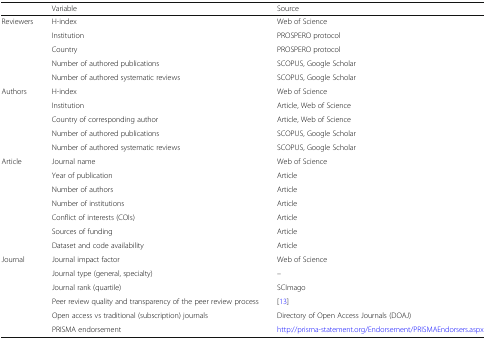
|  | Variable | Source |
 | --- | --- | --- |
 | <ROWSPAN=5> Reviewers | H-index | Web of Science |
 | Institution | PROSPERO protocol |
 | Country | PROSPERO protocol |
 | Number of authored publications | SCOPUS, Google Scholar |
 | Number of authored systematic reviews | SCOPUS, Google Scholar |
 | <ROWSPAN=5> Authors | H-index | Web of Science |
 | Institution | Article, Web of Science |
 | Country of corresponding author | Article, Web of Science |
 | Number of authored publications | SCOPUS, Google Scholar |
 | Number of authored systematic reviews | SCOPUS, Google Scholar |
 | <ROWSPAN=7> Article | Journal name | Web of Science |
 | Year of publication | Article |
 | Number of authors | Article |
 | Number of institutions | Article |
 | Conflict of interests (COIs) | Article |
 | Sources of funding | Article |
 | Dataset and code availability | Article |
 | <ROWSPAN=6> Journal | Journal impact factor | Web of Science |
 | Journal type (general, specialty) | – |
 | Journal rank (quartile) | SCImago |
 | Peer review quality and transparency of the peer review process | [13] |
 | Open access vs traditional (subscription) journals | Directory of Open Access Journals (DOAJ) |
 | PRISMA endorsement | http://prisma-statement.org/Endorsement/PRISMAEndorsers.aspx |